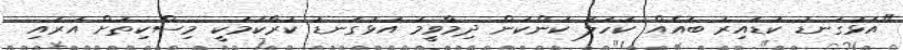
"އަޅުގަނޑު ކުޑައިރު ބައެއް ކަހަލަ ކަންކަން ދިމާވީމަ އަޅުގަނޑު ކުރާކަމަކީ މިސްކިތަށް އަރައި